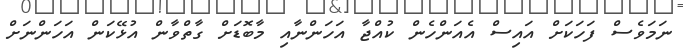
ނަމަވެސް ފަހަކަށް އައިސް އެއަންހެން ކުއްޖާ އަހަންނާއި މާބޮޑަށް ގާތްވާން އުޅޭކަން އަހަންނަށް